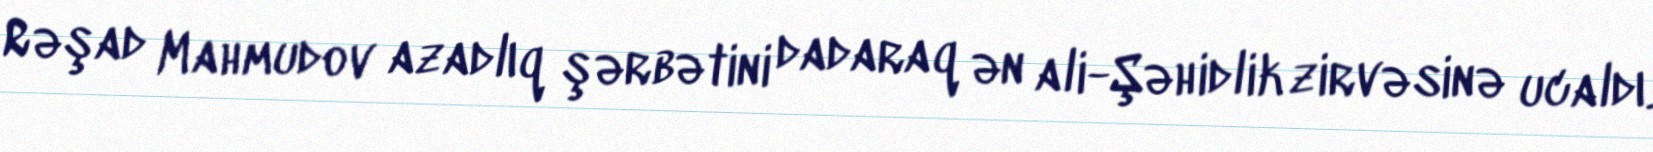
Rəşad Mahmudov azadlıq şərbətini dadaraq ən ali-Şəhidlik zirvəsinə ucaldı.